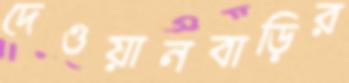
দেওয়ানবাড়ির